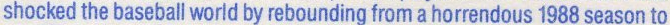
shocked the baseball world by rebounding from a horrendous 1988 season to